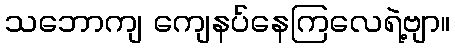
သဘောကျ ကျေနပ်နေကြလေရဲ့ဗျာ။